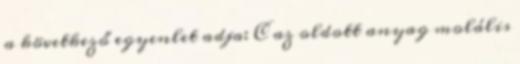
a következő egyenlet adja: C az oldott anyag molális